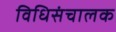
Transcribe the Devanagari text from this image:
विधिसंचालक